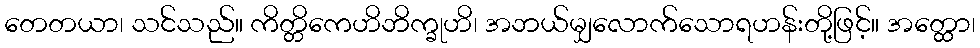
တေတယာ၊ သင်သည်။ ကိတ္တိကေဟိဘိက္ခုဟိ၊ အဘယ်မျှလောက်သောရဟန်းတို့ဖြင့်။ အတ္ထော၊